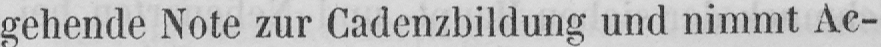
gehende Note zur Cadenzbildung und nimmt Ac-